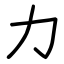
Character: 力